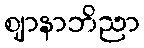
ဈာနာဘိညာ